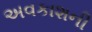
અવકાશની